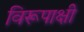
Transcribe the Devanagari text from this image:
विरूपाक्षी